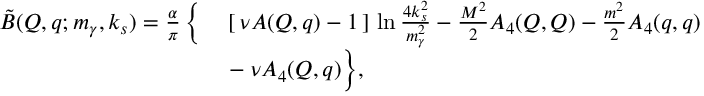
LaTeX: \begin{array} { r l } { { \tilde { B } ( Q , q ; m _ { \gamma } , k _ { s } ) = \frac { \alpha } { \pi } \, \bigg \{ } } & { { } { { } \left[ \, \nu A ( Q , q ) - 1 \, \right] \, \ln \frac { 4 k _ { s } ^ { 2 } } { m _ { \gamma } ^ { 2 } } - \frac { M ^ { 2 } } { 2 } A _ { 4 } ( Q , Q ) - \frac { m ^ { 2 } } { 2 } A _ { 4 } ( q , q ) } } \\ { { } } & { { } { { } - \nu A _ { 4 } ( Q , q ) \bigg \} , } } \end{array}